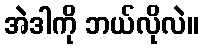
အဲဒါကို ဘယ်လိုလဲ။